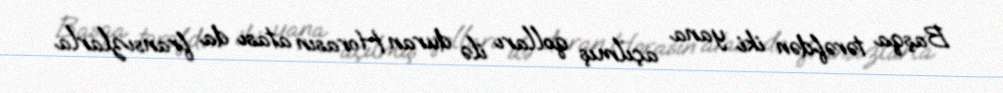
Başqa tərəfdən iki yana açılmış qolları ilə duran Horasın atası da fransızlarla